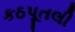
કઠપૂતલી